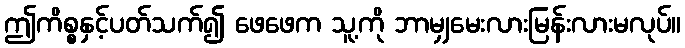
ဤကိစ္စနှင့်ပတ်သက်၍ ဖေဖေက သူ့ကို ဘာမျှမေးလားမြန်းလားမလုပ်။